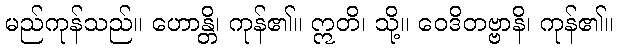
မည်ကုန်သည်။ ဟောန္တိ၊ ကုန်၏။ ဣတိ၊ သို့။ ဝေဒိတဗ္ဗာနိ၊ ကုန်၏။